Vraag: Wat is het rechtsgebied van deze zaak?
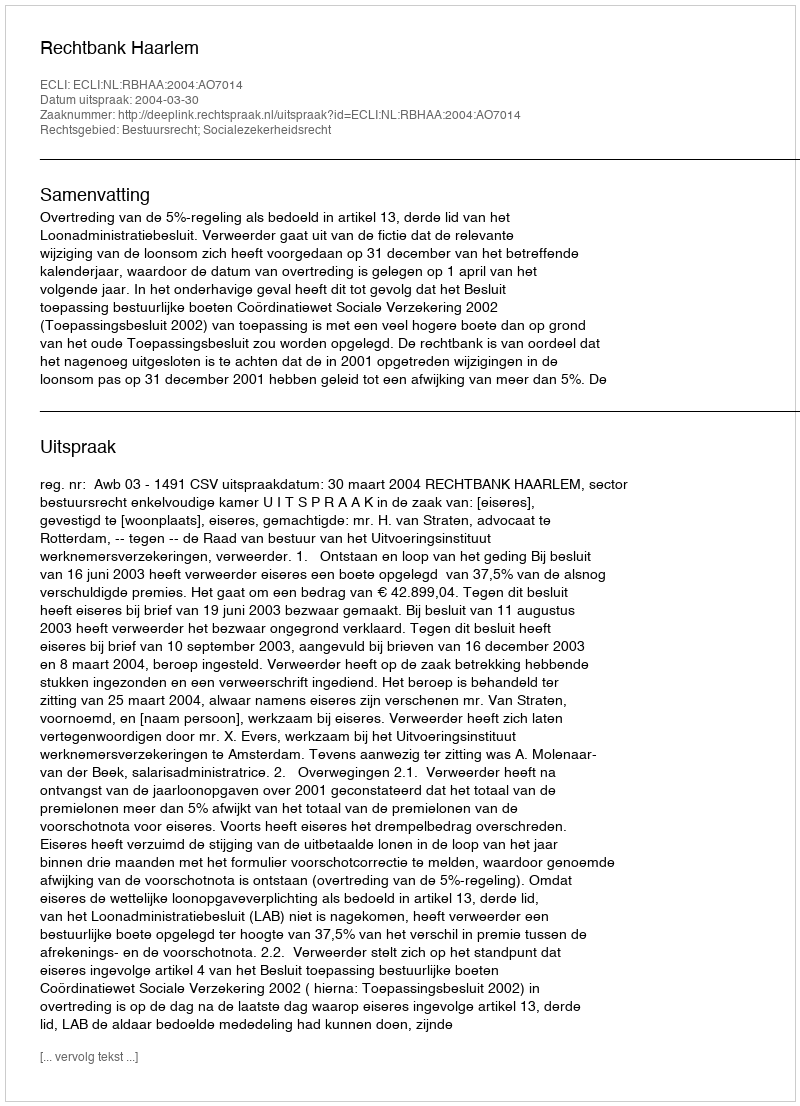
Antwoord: Bestuursrecht; Socialezekerheidsrecht